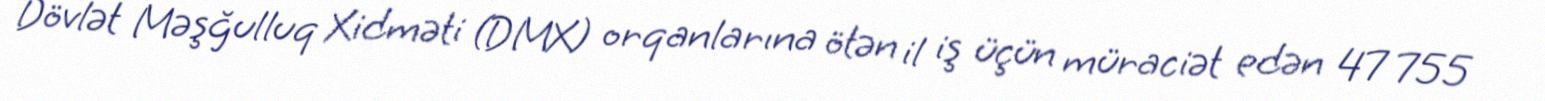
Dövlət Məşğulluq Xidməti (DMX) orqanlarına ötən il iş üçün müraciət edən 47 755